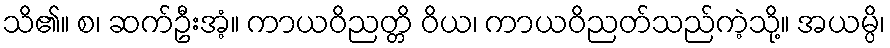
သိ၏။ စ၊ ဆက်ဦးအံ့။ ကာယဝိညတ္တိ ဝိယ၊ ကာယဝိညတ်သည်ကဲ့သို့။ အယမ္ပိ၊